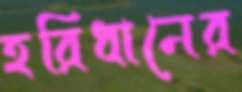
হরিধানের